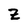
Character: Z